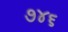
૭૪૬